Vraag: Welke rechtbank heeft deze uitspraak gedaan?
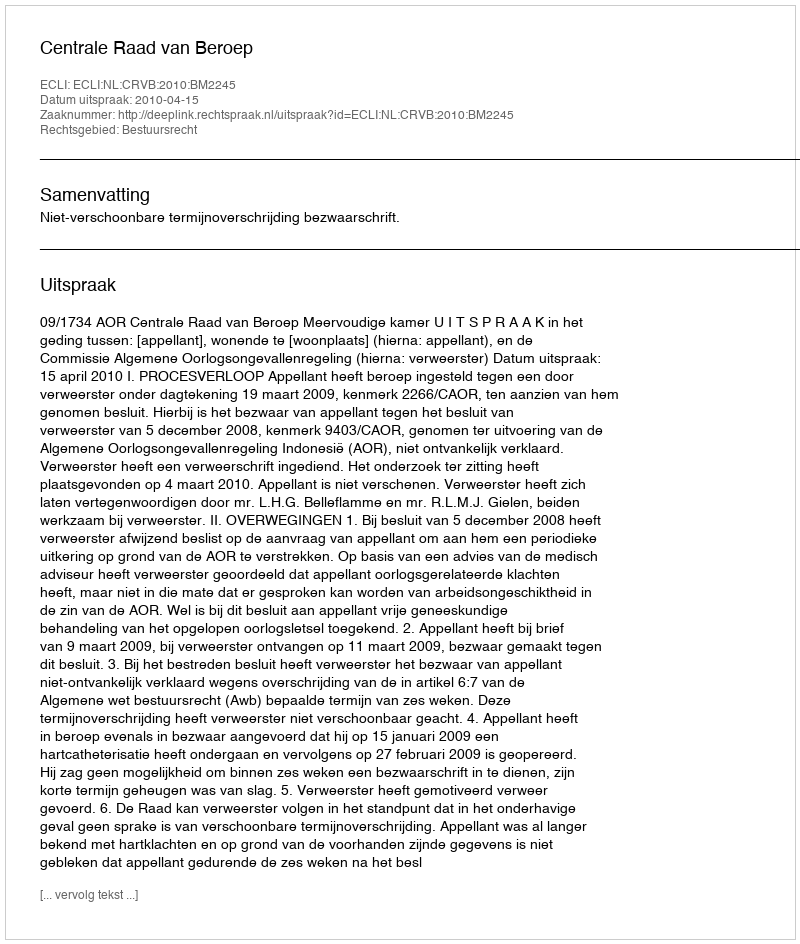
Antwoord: Centrale Raad van Beroep